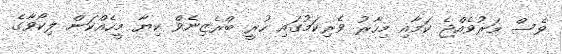
ވެސް މަރުވެއްޖެ ކަމާއި މިހާރު ވެރިކަމުގައި ހުރީ ބްރެޒިނެވް ކިޔާ މީހެއްކަން ލިކޯވާގެ